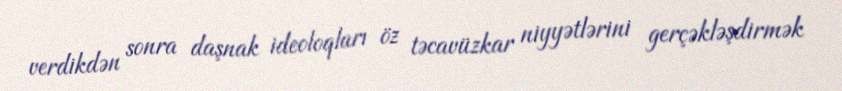
verdikdən sonra daşnak ideoloqları öz təcavüzkar niyyətlərini gerçəkləşdirmək